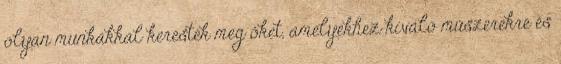
olyan munkákkal keresték meg ôket, amelyekhez kiváló mûszerekre és